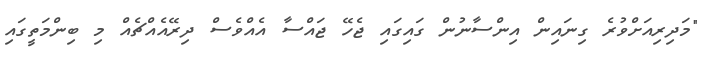
"މަދިރިއަށްވުރެ ގިނައިން އިންސާނުން ގައިގައި ޖެހޭ ޖައްސާ އެއްވެސް ދިރޭއެއްޗެއް މި ބިންމަތީގައި